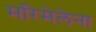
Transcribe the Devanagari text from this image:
मरिमेलेना